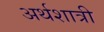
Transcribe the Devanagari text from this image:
अर्थशात्री